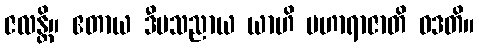
ဇလန္တိ။ ဧတာယ ဒီပသညာယ ယာဟိ မဟာရာဇာတိ ဝဒတိ။